Report of the Indian Hemp Drugs Commission, 1894-1895 - Volume III
Year: 1894
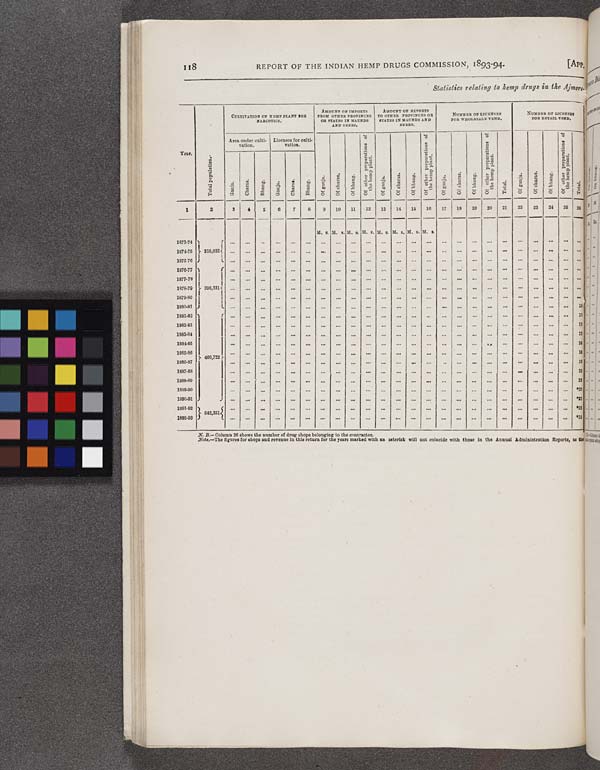
118
REPORT OF THE INDIAN HEMP DRUGS COMMISSION, 1893-94.
[APP.
Statistics relating to hemp drugs in the Ajmere
Year.
Total population.
CULTIVATION OF HEMP PLANT FOR
NARCOTICS.
AMOUNT OF IMPORTS
FROM OTHER PROVINCES
OR STATES IN MAUNDS
AND SEERS.
AMOUNT OF EXPORTS
TO OTHER PROVINCES OR
STATES IN MAUNDS AND
SEERS.
NUMBER OF LICENSES
FOR WHOLESALE VEND.
NUMBER OF LICENSES
FOR RETAIL VEND.
Year.
Total population.
Area under culti-
vation.
Licenses for culti-
vation.
Of ganja.
Of charas.
Of bhang.
Of other preparations of
the hemp plant.
Of ganja.
Of charas.
Of bhang.
Of other preparations of
the hemp plant.
Of ganja.
Of charas.
Of bhang.
Of other preparations of
the hemp plant.
Total.
Of ganja.
Of charas.
Of bhang.
Of other preparations of
the hemp plant.
Total.
Year.
Total population.
Ganja.
Charas.
Bhang.
Ganja.
Charas.
Bhang.
Of ganja.
Of charas.
Of bhang.
Of other preparations of
the hemp plant.
Of ganja.
Of charas.
Of bhang.
Of other preparations of
the hemp plant.
Of ganja.
Of charas.
Of bhang.
Of other preparations of
the hemp plant.
Total.
Of ganja.
Of charas.
Of bhang.
Of other preparations of
the hemp plant.
Total.
1
2
3
4
5
6
7
8
9
10
11
12
13
14
15
16
17
18
19
20
21
22
23
24
25
26
M. s. M. s. M. s. M. s. M. s. M. s. M. s. M. s.
1873-74
1874-75
316,032
1875-76
1876-77
1877-78
1878-79
396,331
1879-80
1880-81
1
1881-82
1
1882-83
1
1883-84
1
1884-85
1
1885-86
460,722
1
1886-87
1
1887-88
2
1888-89
2
1889-90
.2
1890-91
.2
1891-92
542,351
.2
1892-93
.2
N. B.—Column 26 shows the number of drug shops belonging to the contractor.
Note.—The figures for shops and revenue in this return for the years marked with an asterisk will not coincide with those in the Annual Administration Reports, as